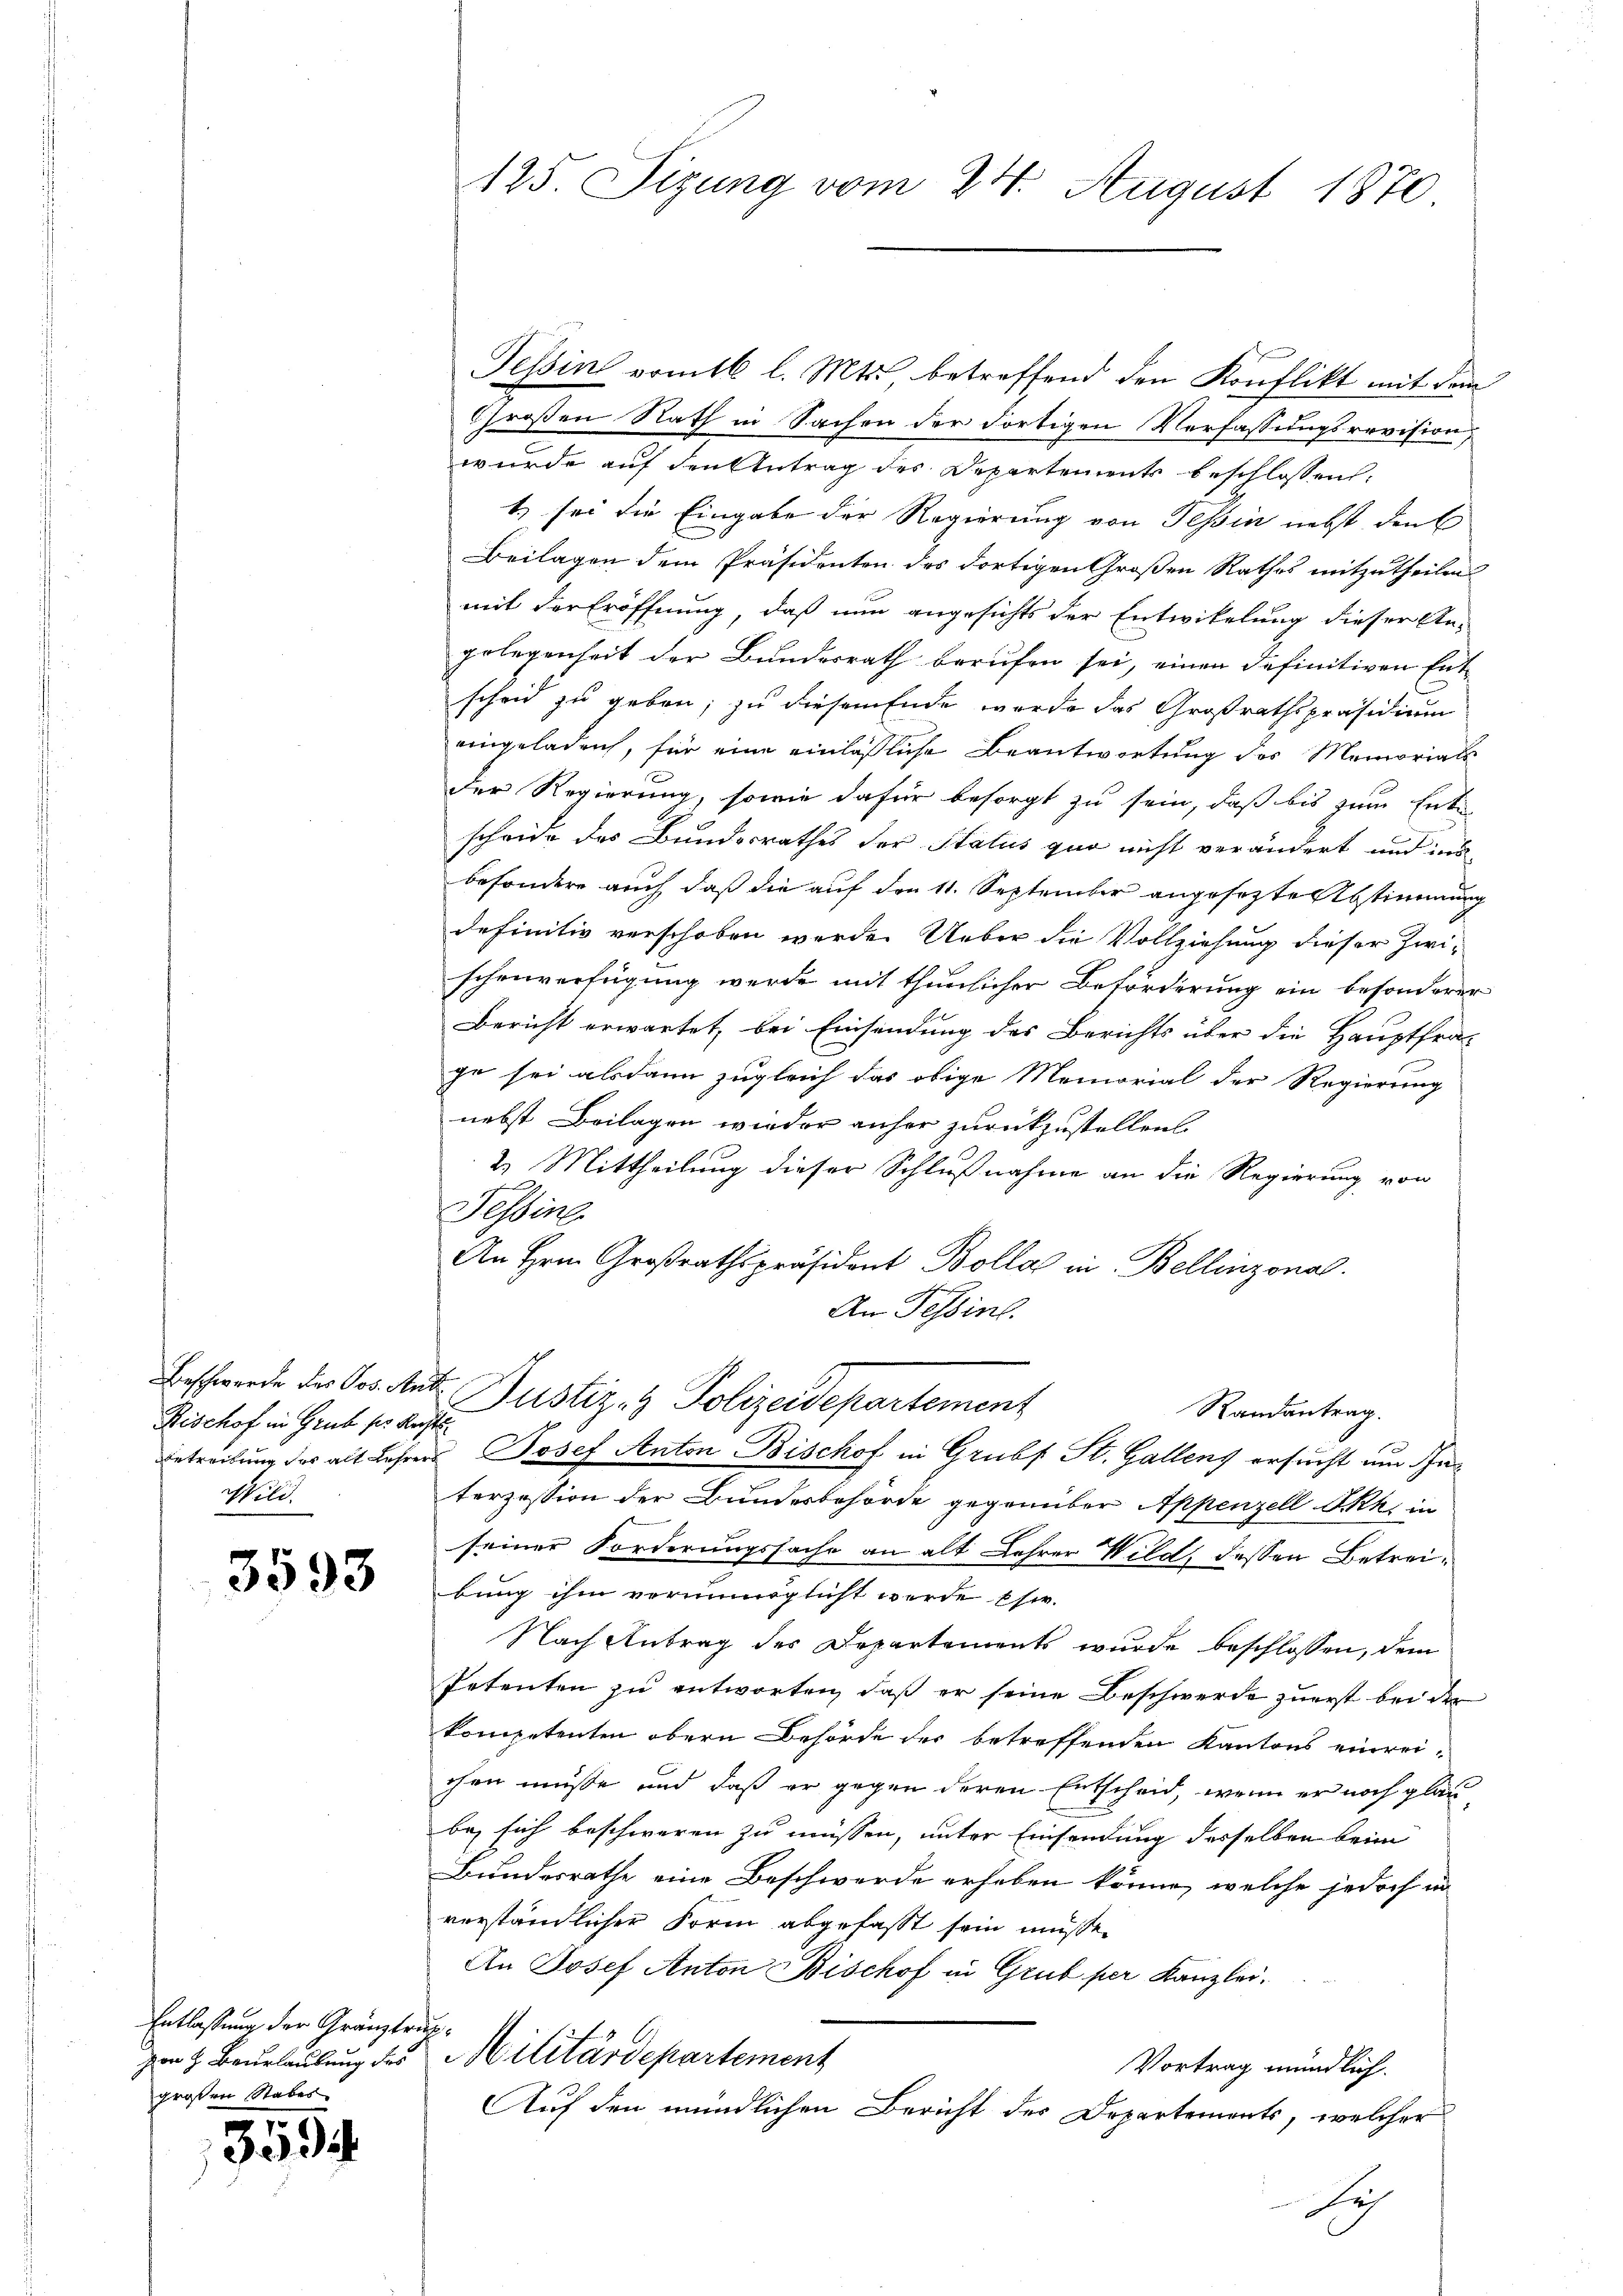
Rischof in Grube ses verste
Wild.

3593

Entlassung der Gränztrupgroßen Rabes

.
J

Tessin vom 16. l. Mts. betreffend den Konflikt mit dem
Großen Nath in Sachen der Fortigen Verfassungsrevision,
wurde auf den Antrag des Departements beschlossen:
t) sei die Eingabe der Regierung von Tessin nebst den C
Beilagen dem Präsidenten des dortigen Großen Rathes mitzutheilen
mit der Eröffnung, daß nun angesichts der Entwickelung dieser An-
gelegenheit der Bundesrath berufen sei, einen definitiven Entscheid zu geben; zu diesem Ende wurde das Großrathspräsidium
eingeladen, für eine einlässliche Beantwortung des Memorials
der Regierung, sowie dafür besorgt zu sein, daß bis zum Ents
scheide des Bundesrathes der Status quo nicht verändert und ins
besondere auch daß die auf den 11. September angesetzte Abstimmung
definitiv verschoben werde. Ueber die Vollziehung dieser Zwi-
schenverfügung werde mit thunlicher Beförderung ein besonderer
Bericht erwartet, bei Einsendung des Berichts über die Hauptfra-
ge sei alsdann zugleich das obige Memorial der Regierung
nebst Beilagen wieder anher zurückzustellen.
2. Mittheilung dieser Schlußnahme an die Regierung von
Seine
An Hrn. Großrathspräsident Bolla in Bellinzona.
An Tessine.
Beschwerde der Ges. Ant. Justiz- & Polizeidepartement
Randantrag.
Betreibung des alt Lehrers Josef Anton Bischof in Grubf St. Gallens ersucht um Interzession der Bundesbehörde gegenüber Appenzell A.Rh. in
seiner Forderungssache an alt Lehrer Wild, dessen Betreibung ihm verunmöglicht werde Ehe.
Nach Antrag des Departements wurde beschlossen, dem
Petenten zu antworten, daß er seine Beschwerde zuerst bei der
kompetenten obern Behörde der betreffenden Kantons einreichen müsse und daß er gegen deren Entscheid, wenn er noch glaube, sich beschweren zu müssen, unter Einsendung desselben beim
Bundesrathe eine Beschwerde erheben könne, welche jedoch in
verständlicher Form abgefasst sein müsse.
An Josef Anton Bischof in Grub per Kanzlei.
zen & Beurlaubung des Militärdepartement
Vortrag mündlich.
Auf den mündlichen Bericht des Departements, welcher
Dich

125. Sizung vom 24. August 1870